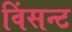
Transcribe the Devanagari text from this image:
विंसन्ट